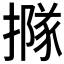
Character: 𢵌